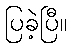
ပြခဲ့ပြီ။